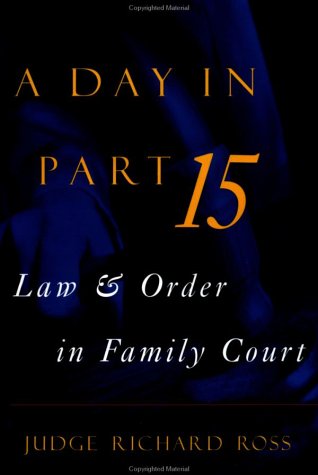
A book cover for A Day in Part 15: Law and Order in Family Court; Judge Richard Ross; Law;